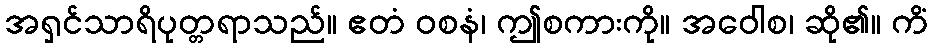
အရှင်သာရိပုတ္တရာသည်။ ဧတံ ဝစနံ၊ ဤစကားကို။ အဝေါစ၊ ဆို၏။ ကိံ